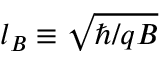
l _ { B } \equiv \sqrt { \hbar / q B }